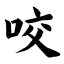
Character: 咬